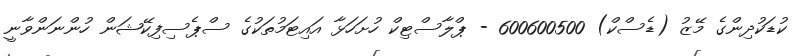
ކުޑަކުދިންގެ މޭޒު (ޑެސްކް) 600600500 - ޕްލާސްޓިކް ހުށަހަޅާ އައިޓަމުތަކުގެ ސްޕެސިފިކޭޝަން ހުންނަންވާނީ